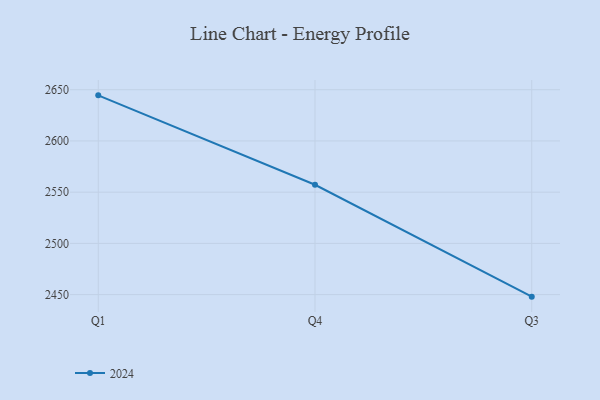
{"axis": {"x": "Quarter", "y": "Gross Profit (USD K)"}, "legend": ["2024"], "data": [{"x": "Q1", "y": 2644.5, "type": "2024"}, {"x": "Q4", "y": 2557.2, "type": "2024"}, {"x": "Q3", "y": 2448.0, "type": "2024"}]}